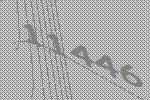
11446